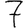
Digit: 7